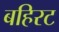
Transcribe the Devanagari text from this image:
बहिरट